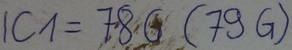
Text: IC1=78G(79G)